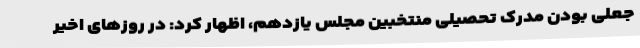
جعلی بودن مدرک تحصیلی منتخبین مجلس یازدهم، اظهار کرد: در روزهای اخیر